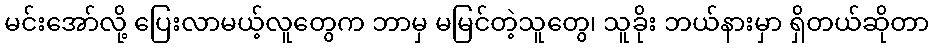
မင်းအော်လို့ ပြေးလာမယ့်လူတွေက ဘာမှ မမြင်တဲ့သူတွေ၊ သူခိုး ဘယ်နားမှာ ရှိတယ်ဆိုတာ